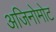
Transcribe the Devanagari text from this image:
अजिनोमोट